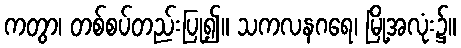
ကတွာ၊ တစ်စပ်တည်းပြု၍။ သကလနဂရေ၊ မြို့အလုံး၌။